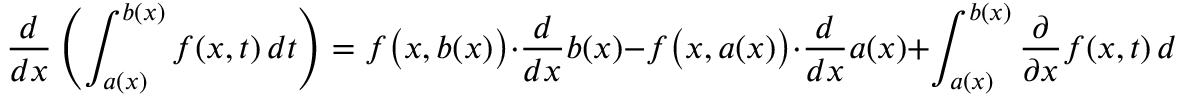
{ \frac { d } { d x } } \left( \int _ { a ( x ) } ^ { b ( x ) } f ( x , t ) \, d t \right) = f { \big ( } x , b ( x ) { \big ) } \cdot { \frac { d } { d x } } b ( x ) - f { \big ( } x , a ( x ) { \big ) } \cdot { \frac { d } { d x } } a ( x ) + \int _ { a ( x ) } ^ { b ( x ) } { \frac { \partial } { \partial x } } f ( x , t ) \, d t .